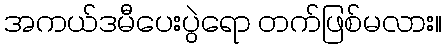
အကယ်ဒမီပေးပွဲရော တက်ဖြစ်မလား။